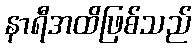
နာရီအထိဖြစ်သည်